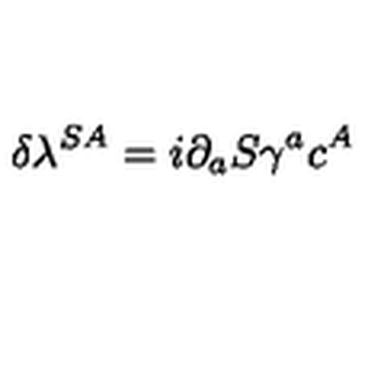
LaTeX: \delta \lambda ^ { S A } = i \partial _ { a } S \gamma ^ { a } c ^ { A }